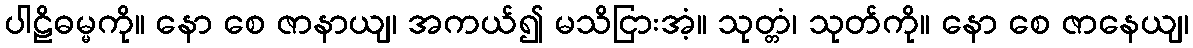
ပါဠိဓမ္မကို။ နော စေ ဇာနာယျ၊ အကယ်၍ မသိငြားအံ့။ သုတ္တံ၊ သုတ်ကို။ နော စေ ဇာနေယျ၊